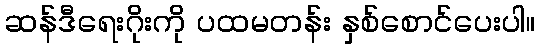
ဆန်ဒီရေးဂိုးကို ပထမတန်း နှစ်စောင်ပေးပါ။